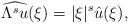
LaTeX: \begin{align*}\widehat{\Lambda^s u}(\xi)=|\xi|^s\hat{u}(\xi),\end{align*}